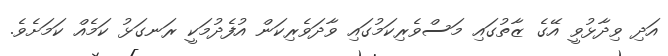
އަދި ވިދާޅުވީ އޭގެ ޒާތުގައި މަސްވެރިކަމުގައި ވާދަވެރިކަން އުފެދުމަކީ ރަނގަޅު ކަމެއް ކަމަށެވެ.